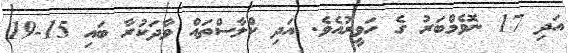
އަދި 17 ނޮވެމްބަރު ގެ ހަވީރުއެވެ. އަދި ކްލާސްތައް ވާދަކުރާ ބައި 15-19